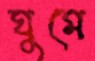
ঘুমে